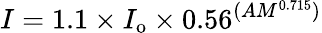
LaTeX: I=1.1\times I_{\mathrm{o}}\times 0.56^{(AM^{0.715})}